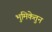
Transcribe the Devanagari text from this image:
भुमिकेतुन